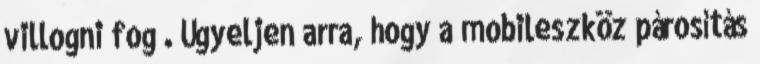
villogni fog . Ügyeljen arra, hogy a mobileszköz párosítás